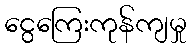
ငွေကြေးကုန်ကျမှု